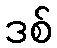
ဒစ်